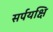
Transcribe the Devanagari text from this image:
सर्पयक्षि